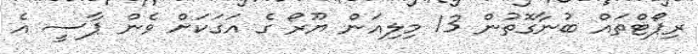
ރިޕޯޓްތައް ބުނާގޮތުން 13 މިލިއަން ޔޫރޯ ގެ އަގަކަށް ވެން ޕާސީ އެ